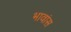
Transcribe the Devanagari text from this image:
भावांस